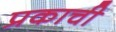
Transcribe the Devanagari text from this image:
प्रकाची